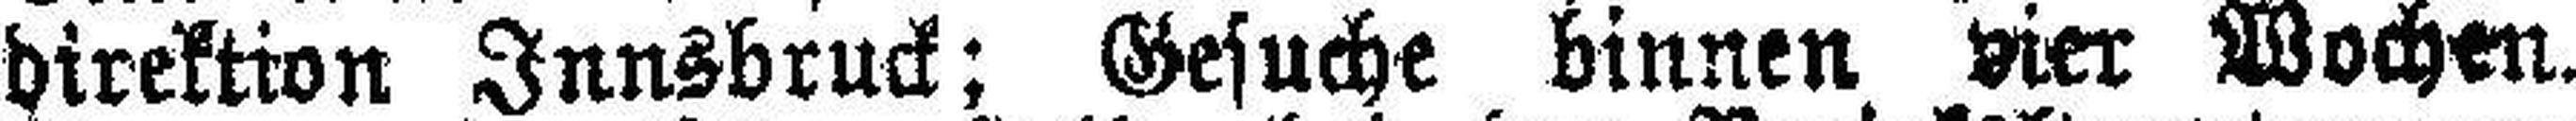
direktion Innsbruck; Gesuche binnen vier Wochen.